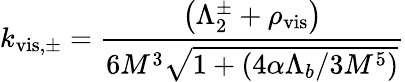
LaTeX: k_{\mathrm{vis,\pm}}={\frac{\left(\Lambda_{2}^{\pm}+\rho_{\mathrm{vis}}\right)}{6M^{3}\sqrt{1+({4\alpha\Lambda_{b}}/{3M^{5}})}}}